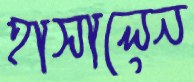
হাসালেন